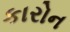
કારોન